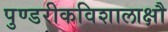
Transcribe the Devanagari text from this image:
पुण्डरीकविशालाक्षौ